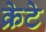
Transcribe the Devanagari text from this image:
क्रेटे